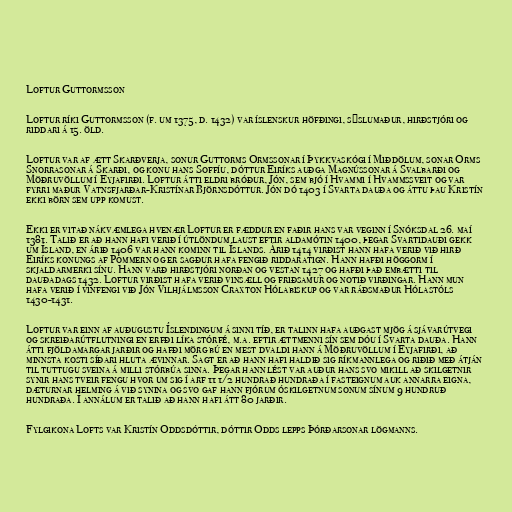
Loftur Guttormsson

Loftur ríki Guttormsson (f. um 1375, d. 1432) var íslenskur höfðingi, sýslumaður, hirðstjóri og
riddari á 15. öld.

Loftur var af ætt Skarðverja, sonur Guttorms Ormssonar í Þykkvaskógi í Miðdölum, sonar Orms
Snorrasonar á Skarði, og konu hans Soffíu, dóttur Eiríks auðga Magnússonar á Svalbarði og
Möðruvöllum í Eyjafirði. Loftur átti eldri bróður, Jón, sem bjó í Hvammi í Hvammssveit og var
fyrri maður Vatnsfjarðar-Kristínar Björnsdóttur. Jón dó 1403 í Svarta dauða og áttu þau Kristín
ekki börn sem upp komust.

Ekki er vitað nákvæmlega hvenær Loftur er fæddur en faðir hans var veginn í Snóksdal 26. maí
1381. Talið er að hann hafi verið í útlöndum laust eftir aldamótin 1400, þegar Svartidauði gekk
um Ísland, en árið 1406 var hann kominn til Íslands. Árið 1414 virðist hann hafa verið við hirð
Eiríks konungs af Pommern og er sagður hafa fengið riddaratign. Hann hafði höggorm í
skjaldarmerki sínu. Hann varð hirðstjóri norðan og vestan 1427 og hafði það embætti til
dauðadags 1432. Loftur virðist hafa verið vinsæll og friðsamur og notið virðingar. Hann mun
hafa verið í vinfengi við Jón Vilhjálmsson Craxton Hólabiskup og var ráðsmaður Hólastóls
1430-1431.

Loftur var einn af auðugustu Íslendingum á sinni tíð, er talinn hafa auðgast mjög á sjávarútvegi
og skreiðarútflutningi en erfði líka stórfé, m.a. eftir ættmenni sín sem dóu í Svarta dauða. Hann
átti fjöldamargar jarðir og hafði mörg bú en mest dvaldi hann á Möðruvöllum í Eyjafirði, að
minnsta kosti síðari hluta ævinnar. Sagt er að hann hafi haldið sig ríkmannlega og riðið með átján
til tuttugu sveina á milli stórbúa sinna. Þegar hann lést var auður hans svo mikill að skilgetnir
synir hans tveir fengu hvor um sig í arf 11 1/2 hundrað hundraða í fasteignum auk annarra eigna,
dæturnar helming á við synina og svo gaf hann fjórum óskilgetnum sonum sínum 9 hundruð
hundraða. Í annálum er talið að hann hafi átt 80 jarðir.

Fylgikona Lofts var Kristín Oddsdóttir, dóttir Odds lepps Þórðarsonar lögmanns.